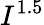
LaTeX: I^{1.5}